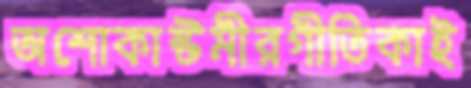
অশোকাষ্টমীরগীতিকাই